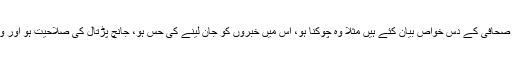
… محترم مسعود احمد خان دہلوی صاحب نے اپنے مضمون میں اچھے صحافی کے دس خواص بیان کئے ہیں مثلاً وہ چوکنا ہو، اس میں خبروں کو جان لینے کی حِس ہو، جانچ پڑتال کی صلاحیت ہو اور وہ اپنا مافی الضمیر مختصر مگر جامع انداز میں بیان کرسکنے کا اہل ہو۔